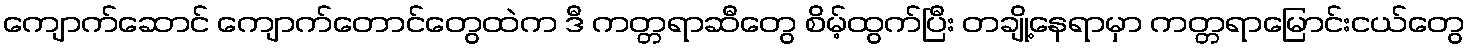
ကျောက်ဆောင် ကျောက်တောင်တွေထဲက ဒီ ကတ္တရာဆီတွေ စိမ့်ထွက်ပြီး တချို့နေရာမှာ ကတ္တရာမြောင်းငယ်တွေ